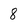
Character: 8